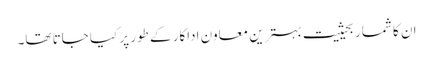
ان کا شمار بحیثیت بہترین معاون اداکار کے طور پر کیا جاتا تھا۔